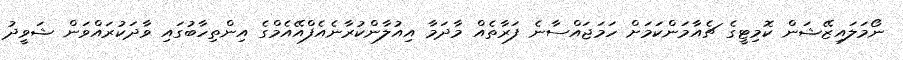
ނޯމަލައިޒޭޝަން ކޮމިޓީގެ ޗެއާމަންކަމަށް ހަމަޖައްސާނެ ފަރާތެއް މާދަމާ އިއުލާންކުރާނެއެފްއޭއެމްގެ އިންތިހާބުގައި ވާދަކުރައްވަން ޝަވީދު